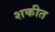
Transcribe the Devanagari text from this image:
शकीत